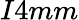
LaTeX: I4mm